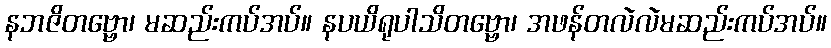
နဘဇိတဗ္ဗော၊ မဆည်းကပ်အပ်။ နပယိရုပါသိတဗ္ဗော၊ အဖန်တလဲလဲမဆည်းကပ်အပ်။